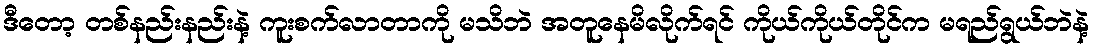
ဒီတော့ တစ်နည်းနည်းနဲ့ ကူးစက်လာတာကို မသိဘဲ အတူနေမိလိုက်ရင် ကိုယ်ကိုယ်တိုင်က မရည်ရွယ်ဘဲနဲ့